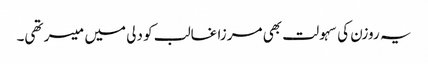
یہ روزن کی سہولت بھی مرزا غالب کو دلی میں میسر تھی۔